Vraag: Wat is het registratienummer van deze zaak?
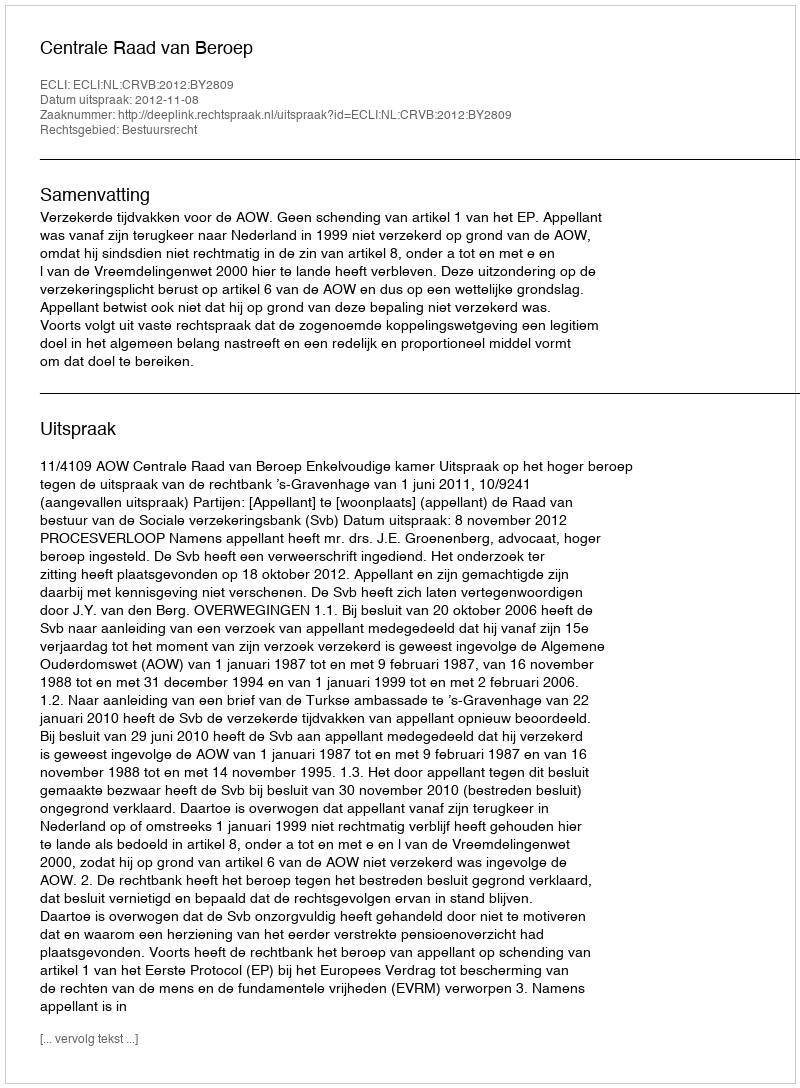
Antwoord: http://deeplink.rechtspraak.nl/uitspraak?id=ECLI:NL:CRVB:2012:BY2809